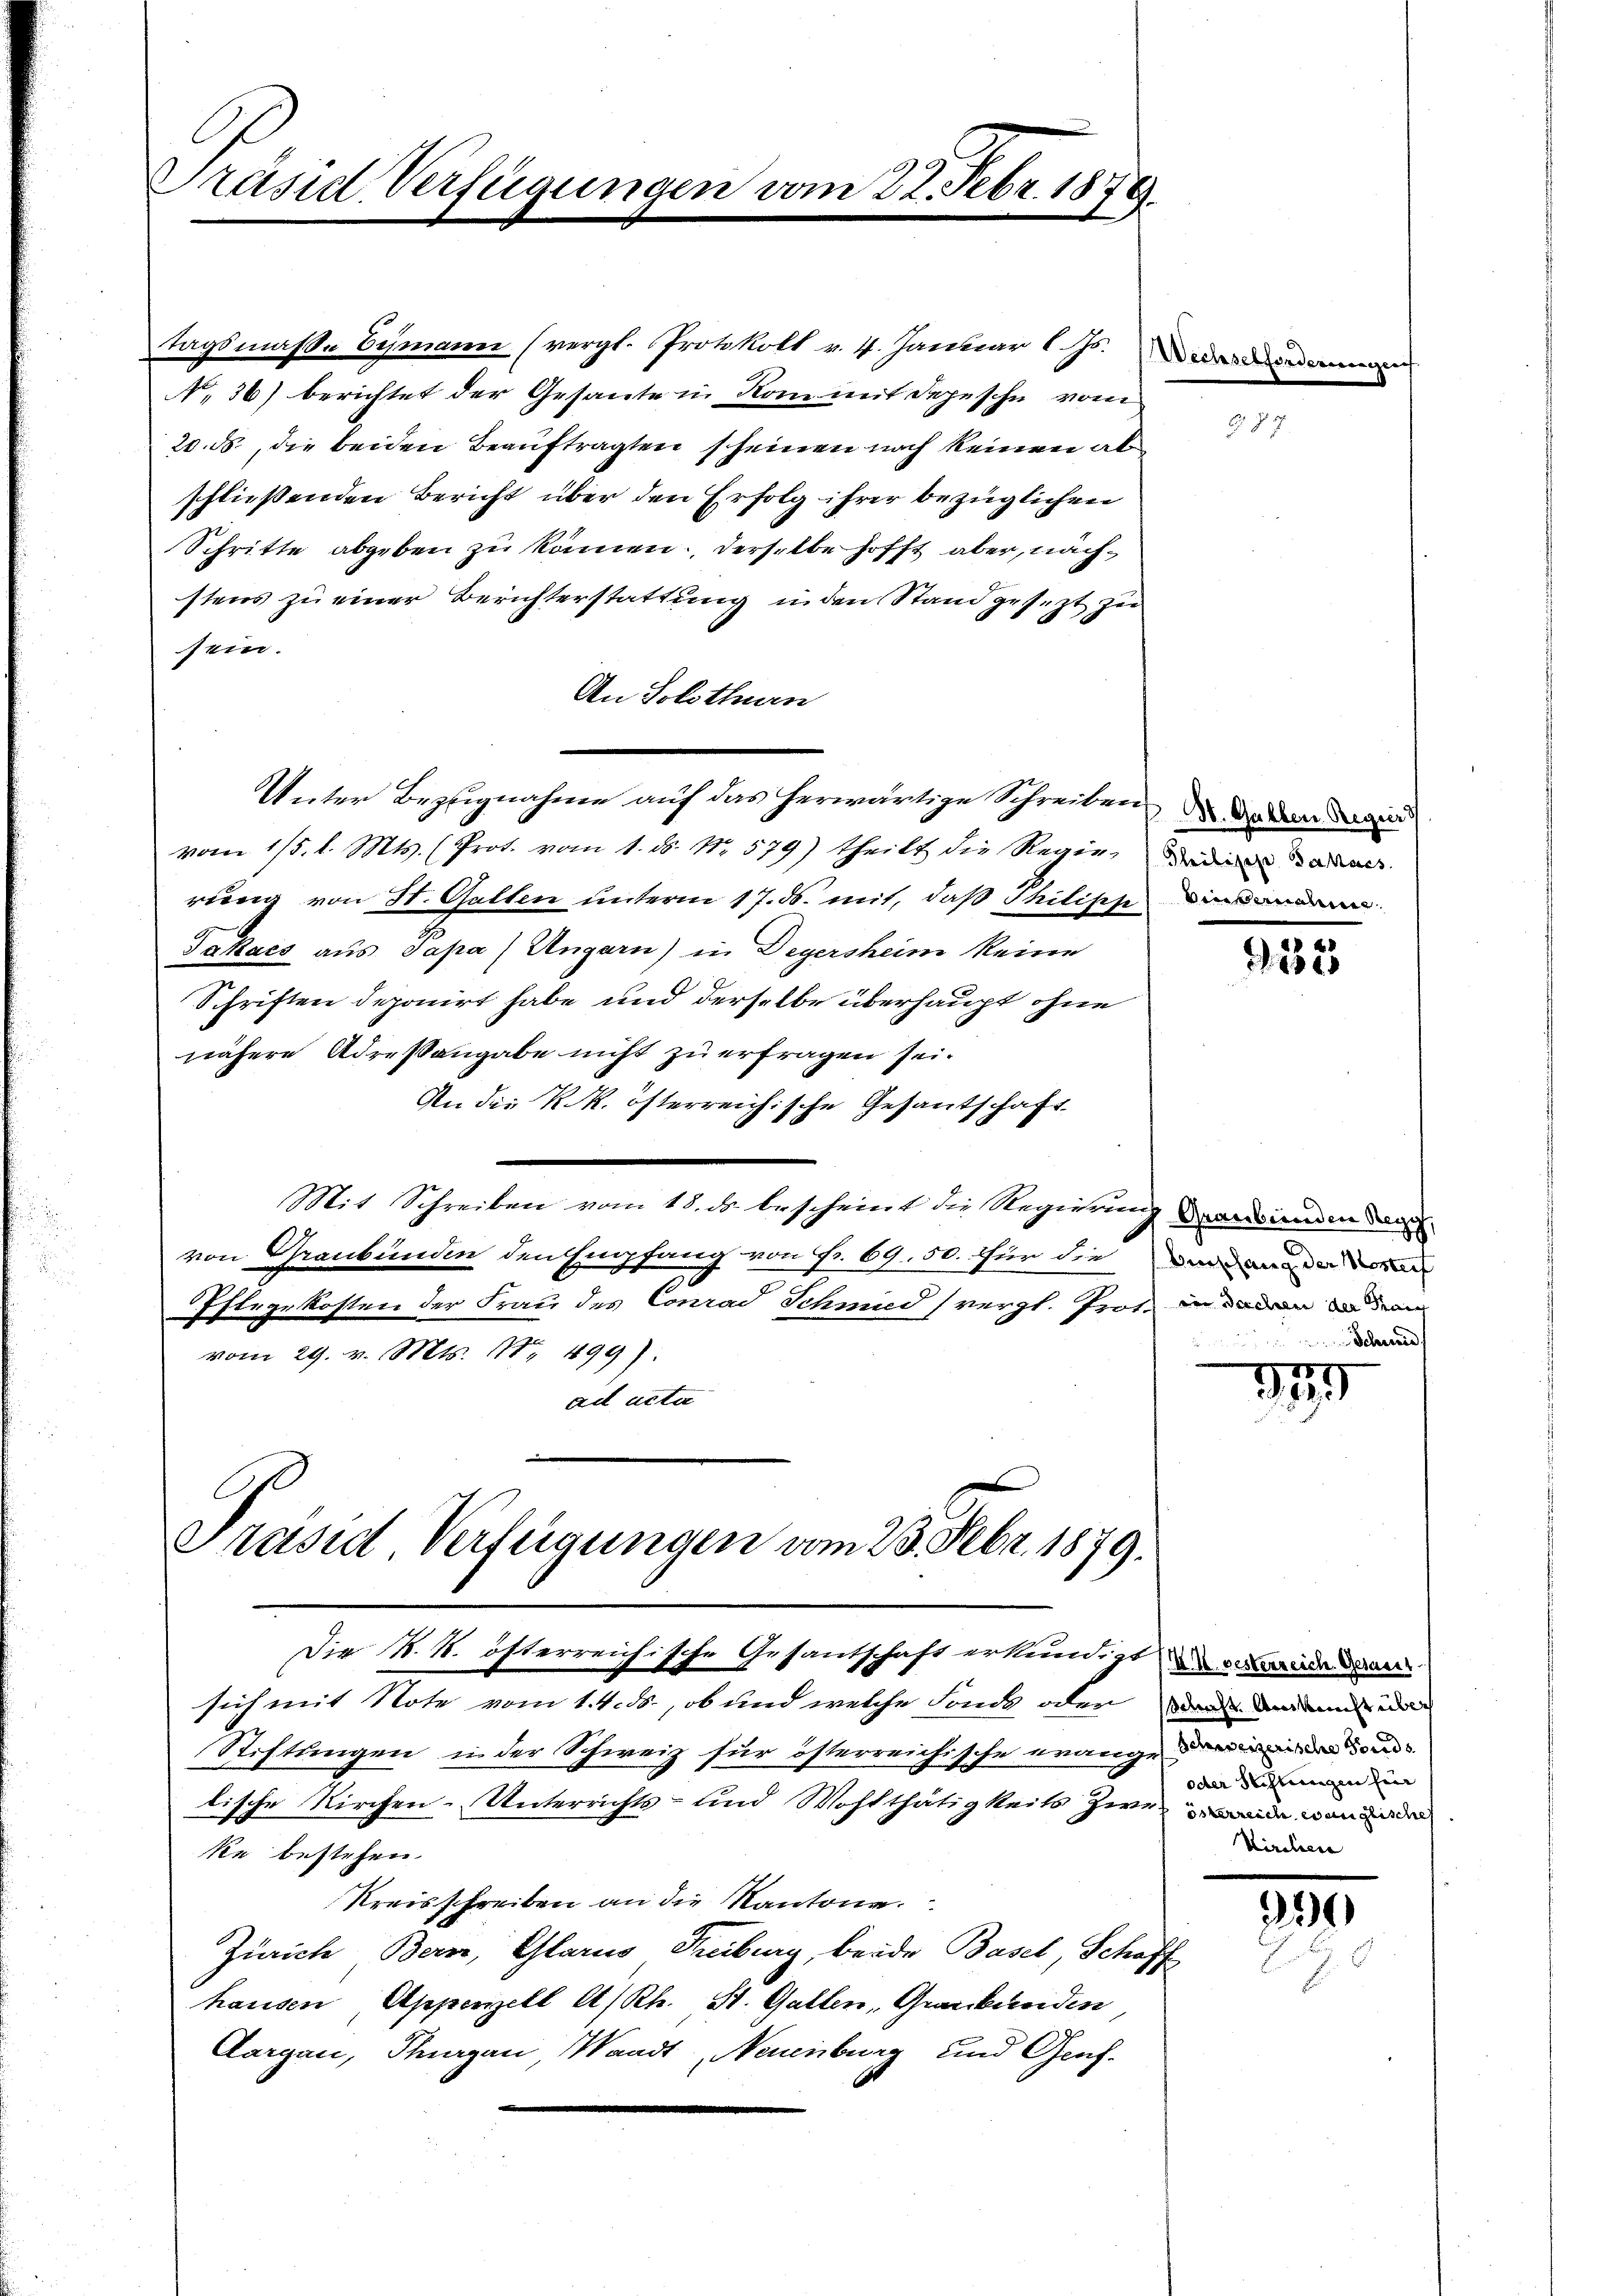
Präsid Verfügungen vom 22. Febr. 1876.

20. ds., die beiden Beauftragten scheinen noch keinen ab
schließenden Bericht über den Erfolg ihrer bezüglichen
Schritte abgeben zu können. Derselbe hofft aber, nächstens zu einer Berichterstattung in den Stand gesezt zu
sein.
An Solothurn
Unter Bezugnahme auf das herwärtige Schreiben da den
vom 1/5. l. Mts. (Prot. vom 1. ds. No. 579) theilt die Regie, die daran
rung von St. Gatten unterm 17. ds. mit, daß Philipp
Takacs aus Papa / Ungarn) in Degersheim keine
Schriften deponirt habe und derselbe überhaupt ohne
nähere Adressangabe nicht zu erfragen sei.
An der K. k. österreichische Gesandschaft
Mit Schreiben vom 18. ds bescheint die Regierung darwieden den
von Graubünden den Empfang von Fr. 69. 50. für die der dann de
Iflegekosten der Frau des Conrad Schmied (vergl. Prot. in daran den
vom 29. v. Mts. Nr. 499).
ad acta

tagsmaße Ermann (vergl. Protokoll v. 4. Januar l. Js.
N. 36) berichtet der Gesante in Rom mit depesche vom

Präsid Verfügungen vom 23. Febr. 1879.
Die N. N. öfterreichische Gesantschaft erkundigt u die an

sich mit Note vom 1. 4. ds., ob und welche Fonds oder den und de
Stiftungen in der Schweiz für österreichische Krange mir dan
lische Kirchen-Unterrichts- und Wohlthätigkeits zerrain von
ke bestehen.
Kreisschreiben an die Kantone.
Zürich Bern, Glarus Freiburg, beide Basel, Schoff
hausen Appenzell A/Rh. St. Gallen, Graubünden,
Aargau, Thurgau, Waadt, Neuenburg und Graf-

25

2382

Sch

r
19

oder Stiftungen hin
Kirchen

390